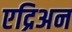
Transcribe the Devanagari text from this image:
एद्रिअन